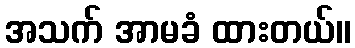
အသက် အာမခံ ထားတယ်။